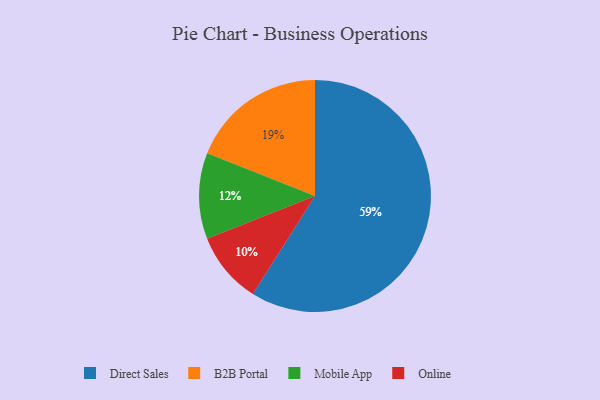
{"axis": {"x": "Category", "y": "Percentage"}, "legend": ["B2B Portal", "Direct Sales", "Mobile App", "Online"], "data": [{"x": "B2B Portal", "y": 19, "type": "B2B Portal"}, {"x": "Online", "y": 10, "type": "Online"}, {"x": "Mobile App", "y": 12, "type": "Mobile App"}, {"x": "Direct Sales", "y": 59, "type": "Direct Sales"}]}